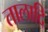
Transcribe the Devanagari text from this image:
तालादि